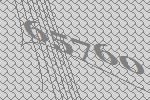
65760